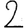
Digit: 2